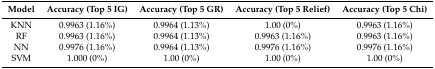
<table><thead><tr><td><b>Model</b></td><td><b>Accuracy (Top 5 IG)</b></td><td><b>Accuracy (Top 5 GR)</b></td><td><b>Accuracy (Top 5 Relief)</b></td><td><b>Accuracy (Top 5 Chi)</b></td></tr></thead><tbody><tr><td>KNN</td><td>0.9963 (1.16%)</td><td>0.9964 (1.13%)</td><td>1.00 (0%)</td><td>0.9963 (1.16%)</td></tr><tr><td>RF</td><td>0.9963 (1.16%)</td><td>0.9964 (1.13%)</td><td>0.9963 (1.16%)</td><td>0.9963 (1.16%)</td></tr><tr><td>NN</td><td>0.9976 (1.16%)</td><td>0.9964 (1.13%)</td><td>0.9976 (1.16%)</td><td>0.9976 (1.16%)</td></tr><tr><td>SVM</td><td>1.000 (0%)</td><td>1.00 (0%)</td><td>1.00 (0%)</td><td>1.00 (0%)</td></tr></tbody></table>